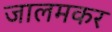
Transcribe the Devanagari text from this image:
जालमकर